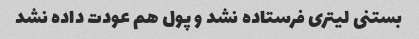
بستنی لیتری فرستاده نشد و پول هم عودت داده نشد